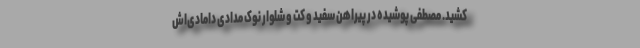
کشید. مصطفی پوشیده در پیراهن سفید و کت و شلوار نوک مدادی دامادی‌اش